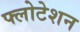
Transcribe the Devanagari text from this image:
फ्लोटेशन